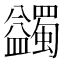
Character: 蠲